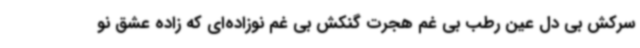
سرکش بی دل عین رطب بی غم هجرت گنکش بی غم نوزاده‌ای که زاده عشق نو